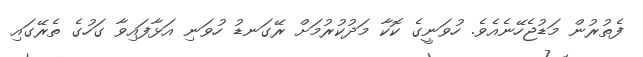
ފެތުރުން މަޑުޖެހޭނެއެވެ. ހުވަނީގެ ކޮކާ މަދުކުރުމަށް ރޭގަނޑު ހުވަނި އަޅާފައިވާ ގަހުގެ ތެރޭގައި